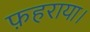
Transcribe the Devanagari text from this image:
फ़हराया।